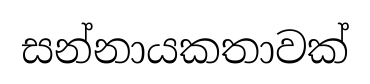
සන්නායකතාවක්